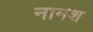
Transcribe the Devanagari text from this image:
नामश